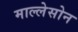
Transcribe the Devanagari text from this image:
माल्लेसोन